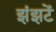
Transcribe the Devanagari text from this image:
झंझटें